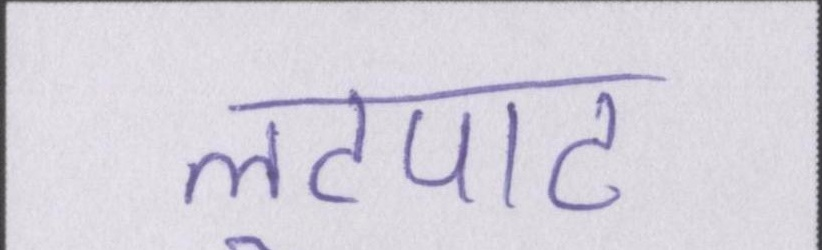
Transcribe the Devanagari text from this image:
लूटपाट